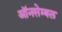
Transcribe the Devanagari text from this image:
ऑनसेम्बल